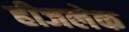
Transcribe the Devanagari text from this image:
हीजलेक